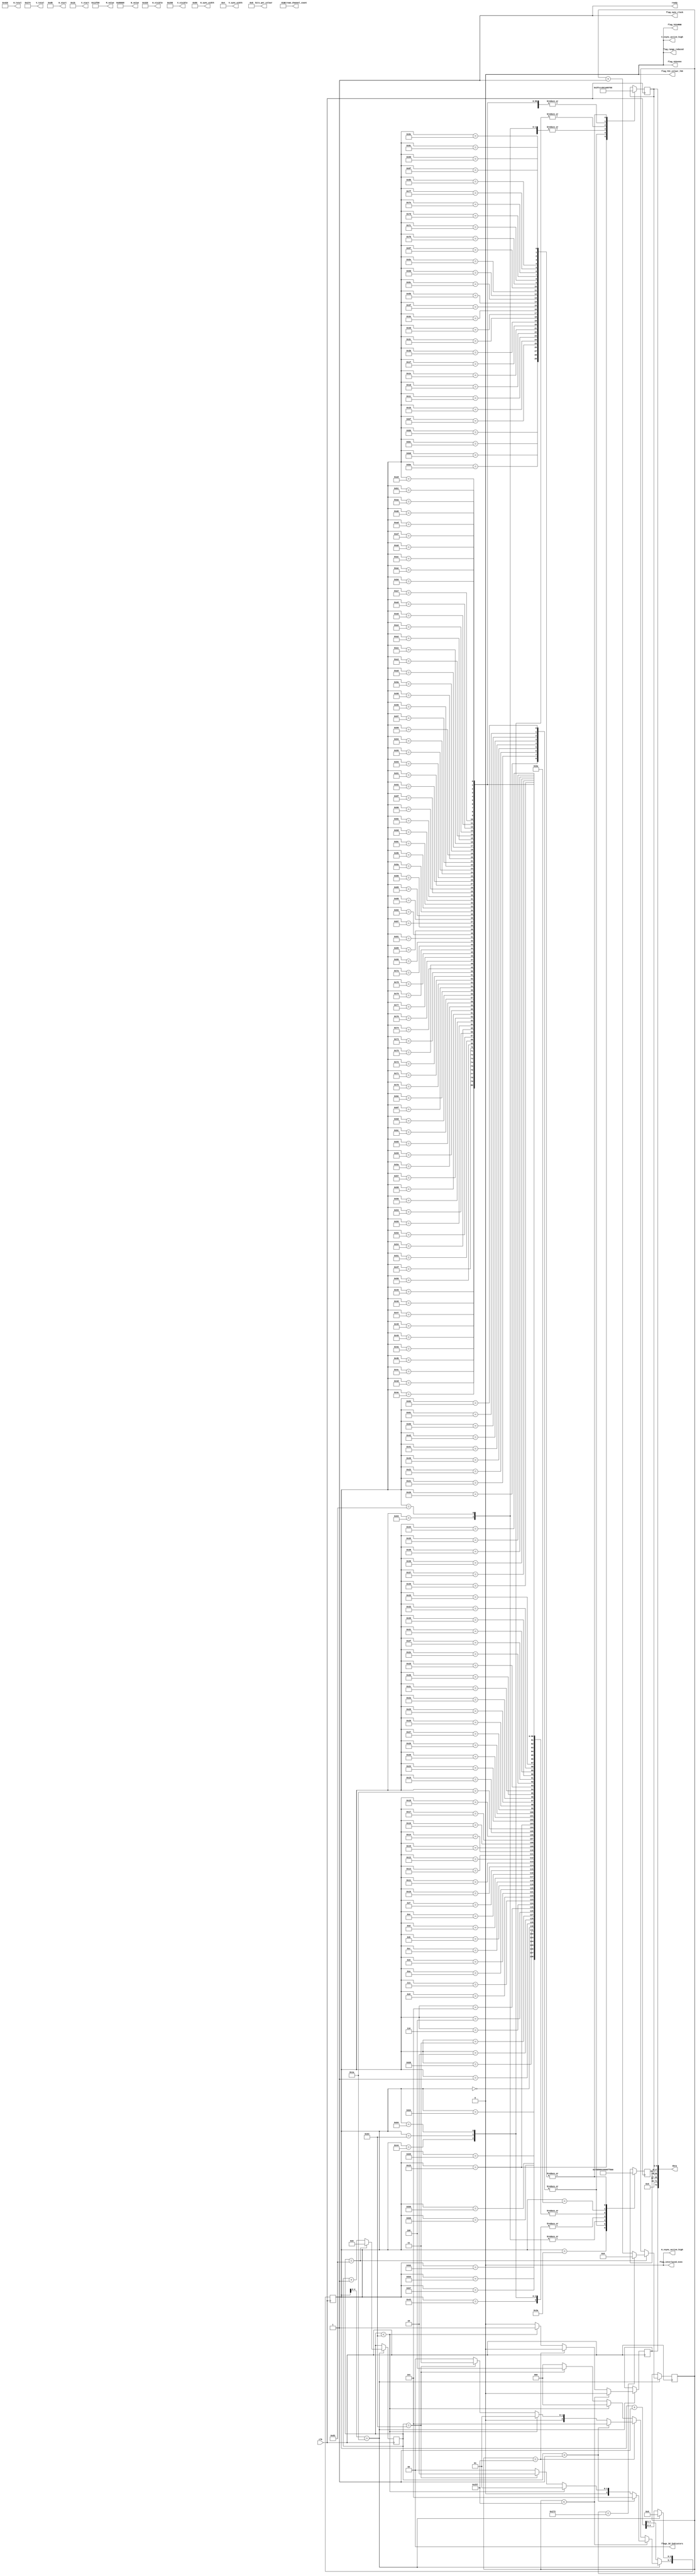
///////////////////////////////////////////////////////////////////////////////
// ./src/test_streams/test_source_800_600_RGB_444_ch2.v : 
//
//
// Part of the DisplayPort_Verlog project - an open implementation of the 
// DisplayPort protocol for FPGA boards. 
//
// See https://github.com/hamsternz/DisplayPort_Verilog for latest versions.
//
///////////////////////////////////////////////////////////////////////////////
// Version |  Notes
// ----------------------------------------------------------------------------
//   1.0   | Initial Release
//
///////////////////////////////////////////////////////////////////////////////
//
// MIT License
// 
// Copyright (c) 2019 Mike Field
// 
// Permission is hereby granted, free of charge, to any person obtaining a copy
// of this software and associated documentation files (the "Software"), to deal
// in the Software without restriction, including without limitation the rights
// to use, copy, modify, merge, publish, distribute, sublicense, and/or sell
// copies of the Software, and to permit persons to whom the Software is
// furnished to do so, subject to the following conditions:
// 
// The above copyright notice and this permission notice shall be included in all
// copies or substantial portions of the Software.
// 
// THE SOFTWARE IS PROVIDED "AS IS", WITHOUT WARRANTY OF ANY KIND, EXPRESS OR
// IMPLIED, INCLUDING BUT NOT LIMITED TO THE WARRANTIES OF MERCHANTABILITY,
// FITNESS FOR A PARTICULAR PURPOSE AND NONINFRINGEMENT. IN NO EVENT SHALL THE
// AUTHORS OR COPYRIGHT HOLDERS BE LIABLE FOR ANY CLAIM, DAMAGES OR OTHER
// LIABILITY, WHETHER IN AN ACTION OF CONTRACT, TORT OR OTHERWISE, ARISING FROM,
// OUT OF OR IN CONNECTION WITH THE SOFTWARE OR THE USE OR OTHER DEALINGS IN THE
// SOFTWARE.
//
///////////////////////////////////////////////////////////////////////////////
//
// Want to say thanks?
//
// This design has taken many hours - 3 months of work for the initial VHDL
// design, and another month or so to convert it to Verilog for this release.
//
// I'm more than happy to share it if you can make use of it. It is released
// under the MIT license, so you are not under any onus to say thanks, but....
//
// If you what to say thanks for this design either drop me an email, or how about
// trying PayPal to my email (hamster@snap.net.nz)?
//
//  Educational use - Enough for a beer
//  Hobbyist use    - Enough for a pizza
//  Research use    - Enough to take the family out to dinner
//  Commercial use  - A weeks pay for an engineer (I wish!)
//
///////////////////////////////////////////////////////////////////////////////

///////////////////////////////////////////////////////////////////////////////
// There is a trick here. Because of the timing of 800x600, all four data lanes 
// carry the same data. This means we only have to build one data lane, and
// just copy it for lane three.
//
// This won't work for most video streams, but is OK for a test pattern!
///////////////////////////////////////////////////////////////////////////////

module test_source_800_600_RGB_444_ch4(
        output reg [23:0] M_value,
        output reg [23:0] N_value,
        output reg [11:0] H_visible,
        output reg [11:0] V_visible,
        output reg [11:0] H_total,
        output reg [11:0] V_total,
        output reg [11:0] H_sync_width,
        output reg [11:0] V_sync_width,
        output reg [11:0] H_start,
        output reg [11:0] V_start,
        output reg        H_vsync_active_high,
        output reg        V_vsync_active_high,
        output reg        flag_sync_clock,
        output reg        flag_YCCnRGB,
        output reg        flag_422n444,
        output reg        flag_YCC_colour_709,
        output reg        flag_range_reduced,
        output reg        flag_interlaced_even,
        output reg  [1:0] flags_3d_Indicators,
        output reg  [4:0] bits_per_colour,
        output reg  [2:0] stream_channel_count,

        input             clk,
        output reg        ready,
        output     [72:0] data
    );
    
    localparam [8:0] DUMMY  = 9'b000000011;  // 0x03
    localparam [8:0] SPARE  = 9'b011111111;  // 0xFF
    localparam [8:0] ZERO   = 9'b000000000;  // 0x00
    localparam [8:0] PIX_80 = 9'b011001100;  // 0x80

    localparam [8:0] SS     = 9'b101011100;  // K28.2
    localparam [8:0] SE     = 9'b111111101;  // K29.7
    localparam [8:0] BE     = 9'b111111011;  // K27.7
    localparam [8:0] BS     = 9'b110111100;  // K28.5
    localparam [8:0] SR     = 9'b100011100;  // K28.0
    localparam [8:0] FS     = 9'b111111110;  // K30.7
    localparam [8:0] FE     = 9'b111110111;  // K23.7

    localparam [8:0] VB_VS  = 9'b000000001;  // 0x00  VB-ID with Vertical blank asserted 
    localparam [8:0] VB_NVS = 9'b000000000;  // 0x00  VB-ID without Vertical blank asserted
    localparam [8:0] MVID   = 9'b001101000;  // 0x68
    localparam [8:0] MAUD   = 9'b000000000;  // 0x00    
    
    reg [7:0] index = 0;
    reg [8:0] d0 = 0;
    reg [8:0] d1 = 0;
    reg [9:0] line_count = 0;
    reg [7:0] row_count = 0;
    reg       switch_point  = 0;

initial begin
    M_value              = 24'h012F68;
    N_value              = 24'h080000;
    H_visible            = 12'h320;  // 800
    V_visible            = 12'h258;  // 600
    H_total              = 12'h420;  // 1056
    V_total              = 12'h274;  // 628
    H_sync_width         = 12'h080;  // 128
    V_sync_width         = 12'h004;  // 4
    H_start              = 12'h0D8;  // 216 
    V_start              = 12'h01b;  // 37
    H_vsync_active_high  = 1'b0;
    V_vsync_active_high  = 1'b0;
    flag_sync_clock      = 1'b1;
    flag_YCCnRGB         = 1'b0;
    flag_422n444         = 1'b0;
    flag_range_reduced   = 1'b0;
    flag_interlaced_even = 1'b0;
    flag_YCC_colour_709  = 1'b0;
    flags_3d_Indicators  = 2'b00;
    bits_per_colour      = 5'b01000;

    stream_channel_count = 3'b010; 
    ready                = 1'b1;
end

    assign data[72]             = switch_point;
    assign data[71:36]          = 54'b0;
    assign data[35:27]          = d1;
    assign data[26:18]          = d0; 
    assign data[17:9]           = d1;
    assign data[8:0]            = d0; 

always @(posedge clk) begin
    case(index)  
        8'h00: begin d0 <= DUMMY;  d1 <= DUMMY; end
        8'h01: begin d0 <= DUMMY;  d1 <= DUMMY; end
        8'h02: begin d0 <= DUMMY;  d1 <= DUMMY; end
        8'h03: begin d0 <= DUMMY;  d1 <= DUMMY; end
        8'h04: begin d0 <= DUMMY;  d1 <= DUMMY; end
        8'h05: begin d0 <= DUMMY;  d1 <= DUMMY; end
        8'h06: begin d0 <= DUMMY;  d1 <= DUMMY; end
        8'h07: begin d0 <= DUMMY;  d1 <= DUMMY; end
        8'h08: begin d0 <= DUMMY;  d1 <= DUMMY; end
        8'h09: begin d0 <= DUMMY;  d1 <= DUMMY; end
        8'h0A: begin d0 <= DUMMY;  d1 <= DUMMY; end
        8'h0B: begin d0 <= DUMMY;  d1 <= DUMMY; end
        8'h0C: begin d0 <= DUMMY;  d1 <= DUMMY; end
        8'h0D: begin d0 <= DUMMY;  d1 <= DUMMY; end
        8'h0E: begin d0 <= DUMMY;  d1 <= DUMMY; end
        8'h0F: begin d0 <= DUMMY;  d1 <= DUMMY; end
        8'h10: begin d0 <= DUMMY;  d1 <= DUMMY; end
        8'h11: begin d0 <= DUMMY;  d1 <= DUMMY; end
        8'h12: begin d0 <= DUMMY;  d1 <= DUMMY; end
        8'h13: begin d0 <= DUMMY;  d1 <= DUMMY; end
        8'h14: begin d0 <= DUMMY;  d1 <= DUMMY; end
        8'h15: begin d0 <= DUMMY;  d1 <= DUMMY; end
        8'h16: begin d0 <= DUMMY;  d1 <= DUMMY; end
        8'h17: begin d0 <= DUMMY;  d1 <= DUMMY; end
        8'h18: begin d0 <= DUMMY;  d1 <= DUMMY; end
        8'h19: begin d0 <= DUMMY;  d1 <= DUMMY; end
        8'h1A: begin d0 <= DUMMY;  d1 <= DUMMY; end
        8'h1B: begin d0 <= SPARE;  d1 <= SPARE; end
        8'h1C: begin d0 <= SPARE;  d1 <= SPARE; end
        8'h1D: begin d0 <= SPARE;  d1 <= SPARE; end
        8'h1E: begin d0 <= SPARE;  d1 <= SPARE; end
        8'h1F: begin d0 <= SPARE;  d1 <= SPARE; end
    
        // Block 1 - 4 white pixels and padding
        8'h20: begin d0 <= PIX_80; d1 <= PIX_80; end
        8'h21: begin d0 <= PIX_80; d1 <= PIX_80; end
        8'h22: begin d0 <= PIX_80; d1 <= PIX_80; end
        8'h23: begin d0 <= FS;     d1 <= DUMMY;  end
        8'h24: begin d0 <= DUMMY;  d1 <= DUMMY;  end
        8'h25: begin d0 <= DUMMY;  d1 <= DUMMY;  end
        8'h26: begin d0 <= DUMMY;  d1 <= DUMMY;  end
        8'h27: begin d0 <= DUMMY;  d1 <= DUMMY;  end
        8'h28: begin d0 <= DUMMY;  d1 <= DUMMY;  end
        8'h29: begin d0 <= DUMMY;  d1 <= DUMMY;  end
        8'h2A: begin d0 <= DUMMY;  d1 <= DUMMY;  end
        8'h2B: begin d0 <= DUMMY;  d1 <= DUMMY;  end
        8'h2C: begin d0 <= DUMMY;  d1 <= DUMMY;  end
        8'h2D: begin d0 <= DUMMY;  d1 <= DUMMY;  end
        8'h2E: begin d0 <= DUMMY;  d1 <= DUMMY;  end
        8'h2F: begin d0 <= DUMMY;  d1 <= DUMMY;  end
        8'h30: begin d0 <= DUMMY;  d1 <= DUMMY;  end
        8'h31: begin d0 <= DUMMY;  d1 <= DUMMY;  end
        8'h32: begin d0 <= DUMMY;  d1 <= DUMMY;  end
        8'h33: begin d0 <= DUMMY;  d1 <= DUMMY;  end
        8'h34: begin d0 <= DUMMY;  d1 <= DUMMY;  end
        8'h35: begin d0 <= DUMMY;  d1 <= DUMMY;  end
        8'h36: begin d0 <= DUMMY;  d1 <= DUMMY;  end
        8'h37: begin d0 <= DUMMY;  d1 <= DUMMY;  end
        8'h38: begin d0 <= DUMMY;  d1 <= DUMMY;  end
        8'h39: begin d0 <= DUMMY;  d1 <= DUMMY;  end
        8'h3A: begin d0 <= DUMMY;  d1 <= FE;     end
        8'h3B: begin d0 <= SPARE;  d1 <= SPARE;  end
        8'h3C: begin d0 <= SPARE;  d1 <= SPARE;  end
        8'h3D: begin d0 <= SPARE;  d1 <= SPARE;  end
        8'h3E: begin d0 <= SPARE;  d1 <= SPARE;  end
        8'h3F: begin d0 <= SPARE;  d1 <= SPARE;  end
    
        // Block 2 - 4 white pixels and padding; d1 <= VB-ID (-vsync); d1 <= Mvid; d1 <= MAud and junk
        8'h40: begin d0 <= PIX_80; d1 <= PIX_80; end
        8'h41: begin d0 <= PIX_80; d1 <= PIX_80; end
        8'h42: begin d0 <= PIX_80; d1 <= PIX_80; end
        8'h43: begin d0 <= BS;     d1 <= VB_NVS; end
        8'h44: begin d0 <= MVID;   d1 <= MAUD;   end
        8'h45: begin d0 <= DUMMY;  d1 <= DUMMY;  end
        8'h46: begin d0 <= DUMMY;  d1 <= DUMMY;  end
        8'h47: begin d0 <= DUMMY;  d1 <= DUMMY;  end
        8'h48: begin d0 <= DUMMY;  d1 <= DUMMY;  end
        8'h49: begin d0 <= DUMMY;  d1 <= DUMMY;  end
        8'h4A: begin d0 <= DUMMY;  d1 <= DUMMY;  end
        8'h4B: begin d0 <= DUMMY;  d1 <= DUMMY;  end
        8'h4C: begin d0 <= DUMMY;  d1 <= DUMMY;  end
        8'h4D: begin d0 <= DUMMY;  d1 <= DUMMY;  end
        8'h4E: begin d0 <= DUMMY;  d1 <= DUMMY;  end
        8'h4F: begin d0 <= DUMMY;  d1 <= DUMMY;  end
        8'h50: begin d0 <= DUMMY;  d1 <= DUMMY;  end
        8'h51: begin d0 <= DUMMY;  d1 <= DUMMY;  end
        8'h52: begin d0 <= DUMMY;  d1 <= DUMMY;  end
        8'h53: begin d0 <= DUMMY;  d1 <= DUMMY;  end
        8'h54: begin d0 <= DUMMY;  d1 <= DUMMY;  end
        8'h55: begin d0 <= DUMMY;  d1 <= DUMMY;  end
        8'h56: begin d0 <= DUMMY;  d1 <= DUMMY;  end
        8'h57: begin d0 <= DUMMY;  d1 <= DUMMY;  end
        8'h58: begin d0 <= DUMMY;  d1 <= DUMMY;  end
        8'h59: begin d0 <= DUMMY;  d1 <= DUMMY;  end
        8'h5A: begin d0 <= DUMMY;  d1 <= DUMMY;  end
        8'h5B: begin d0 <= SPARE;  d1 <= SPARE;  end
        8'h5C: begin d0 <= SPARE;  d1 <= SPARE;  end
        8'h5D: begin d0 <= SPARE;  d1 <= SPARE;  end
        8'h5E: begin d0 <= SPARE;  d1 <= SPARE;  end
        8'h5F: begin d0 <= SPARE;  d1 <= SPARE;  end
    
        // Block 3 - 8 white pixels and padding; d1 <= VB-ID (+vsync); d1 <= Mvid; d1 <= MAud and junk
        8'h60: begin d0 <= PIX_80; d1 <= PIX_80; end
        8'h61: begin d0 <= PIX_80; d1 <= PIX_80; end
        8'h62: begin d0 <= PIX_80; d1 <= PIX_80; end
        8'h63: begin d0 <= BS;     d1 <= VB_VS;  end
        8'h64: begin d0 <= MVID;   d1 <= MAUD;   end
        8'h65: begin d0 <= DUMMY;  d1 <= DUMMY;  end
        8'h6C: begin d0 <= DUMMY;  d1 <= DUMMY;  end
        8'h6D: begin d0 <= DUMMY;  d1 <= DUMMY;  end
        8'h6E: begin d0 <= DUMMY;  d1 <= DUMMY;  end
        8'h6F: begin d0 <= DUMMY;  d1 <= DUMMY;  end
        8'h70: begin d0 <= DUMMY;  d1 <= DUMMY;  end
        8'h71: begin d0 <= DUMMY;  d1 <= DUMMY;  end
        8'h72: begin d0 <= DUMMY;  d1 <= DUMMY;  end
        8'h73: begin d0 <= DUMMY;  d1 <= DUMMY;  end
        8'h74: begin d0 <= DUMMY;  d1 <= DUMMY;  end
        8'h75: begin d0 <= DUMMY;  d1 <= DUMMY;  end
        8'h76: begin d0 <= DUMMY;  d1 <= DUMMY;  end
        8'h77: begin d0 <= DUMMY;  d1 <= DUMMY;  end
        8'h78: begin d0 <= DUMMY;  d1 <= DUMMY;  end
        8'h79: begin d0 <= DUMMY;  d1 <= DUMMY;  end
        8'h7A: begin d0 <= DUMMY;  d1 <= DUMMY;  end
        8'h7B: begin d0 <= SPARE;  d1 <= SPARE;  end
        8'h7C: begin d0 <= SPARE;  d1 <= SPARE;  end
        8'h7D: begin d0 <= SPARE;  d1 <= SPARE;  end
        8'h7E: begin d0 <= SPARE;  d1 <= SPARE;  end
        8'h7F: begin d0 <= SPARE;  d1 <= SPARE;  end
    
        // Block 4 - DUMMY;Blank Start; d1 <= VB-ID (+vsync); d1 <= Mvid; d1 <= MAud and junk
        8'h80: begin d0 <= DUMMY; d1 <= DUMMY; end
        8'h81: begin d0 <= DUMMY; d1 <= DUMMY; end
        8'h82: begin d0 <= DUMMY; d1 <= DUMMY; end
        8'h83: begin d0 <= BS;    d1 <= VB_VS; end
        8'h84: begin d0 <= MVID;  d1 <= MAUD;  end
        8'h85: begin d0 <= DUMMY; d1 <= DUMMY; end
        8'h86: begin d0 <= DUMMY; d1 <= DUMMY; end
        8'h87: begin d0 <= DUMMY; d1 <= DUMMY; end
        8'h88: begin d0 <= DUMMY; d1 <= DUMMY; end
        8'h89: begin d0 <= DUMMY; d1 <= DUMMY; end
        8'h8A: begin d0 <= DUMMY; d1 <= DUMMY; end
        8'h8B: begin d0 <= DUMMY; d1 <= DUMMY; end
        8'h8C: begin d0 <= DUMMY; d1 <= DUMMY; end
        8'h8D: begin d0 <= DUMMY; d1 <= DUMMY; end
        8'h8E: begin d0 <= DUMMY; d1 <= DUMMY; end
        8'h8F: begin d0 <= DUMMY; d1 <= DUMMY; end
        8'h90: begin d0 <= DUMMY; d1 <= DUMMY; end
        8'h91: begin d0 <= DUMMY; d1 <= DUMMY; end
        8'h92: begin d0 <= DUMMY; d1 <= DUMMY; end
        8'h93: begin d0 <= DUMMY; d1 <= DUMMY; end
        8'h94: begin d0 <= DUMMY; d1 <= DUMMY; end
        8'h95: begin d0 <= DUMMY; d1 <= DUMMY; end
        8'h96: begin d0 <= DUMMY; d1 <= DUMMY; end
        8'h97: begin d0 <= DUMMY; d1 <= DUMMY; end
        8'h98: begin d0 <= DUMMY; d1 <= DUMMY; end
        8'h99: begin d0 <= DUMMY; d1 <= DUMMY; end
        8'h9A: begin d0 <= DUMMY; d1 <= DUMMY; end
        8'h9B: begin d0 <= SPARE; d1 <= SPARE; end
        8'h9C: begin d0 <= SPARE; d1 <= SPARE; end
        8'h9D: begin d0 <= SPARE; d1 <= SPARE; end
        8'h9E: begin d0 <= SPARE; d1 <= SPARE; end
        8'h9F: begin d0 <= SPARE; d1 <= SPARE; end
    
        // Block 5 - just blank end
        8'hA0: begin d0 <= DUMMY; d1 <= DUMMY; end
        8'hA1: begin d0 <= DUMMY; d1 <= DUMMY; end
        8'hA2: begin d0 <= DUMMY; d1 <= DUMMY; end
        8'hA3: begin d0 <= DUMMY; d1 <= DUMMY; end
        8'hA4: begin d0 <= DUMMY; d1 <= DUMMY; end
        8'hA5: begin d0 <= DUMMY; d1 <= DUMMY; end
        8'hA6: begin d0 <= DUMMY; d1 <= DUMMY; end
        8'hA7: begin d0 <= DUMMY; d1 <= DUMMY; end
        8'hA8: begin d0 <= DUMMY; d1 <= DUMMY; end
        8'hA9: begin d0 <= DUMMY; d1 <= DUMMY; end
        8'hAA: begin d0 <= DUMMY; d1 <= DUMMY; end
        8'hAB: begin d0 <= DUMMY; d1 <= DUMMY; end
        8'hAC: begin d0 <= DUMMY; d1 <= DUMMY; end
        8'hAD: begin d0 <= DUMMY; d1 <= DUMMY; end
        8'hAE: begin d0 <= DUMMY; d1 <= DUMMY; end
        8'hAF: begin d0 <= DUMMY; d1 <= DUMMY; end
        8'hB0: begin d0 <= DUMMY; d1 <= DUMMY; end
        8'hB1: begin d0 <= DUMMY; d1 <= DUMMY; end
        8'hB2: begin d0 <= DUMMY; d1 <= DUMMY; end
        8'hB3: begin d0 <= DUMMY; d1 <= DUMMY; end
        8'hB4: begin d0 <= DUMMY; d1 <= DUMMY; end
        8'hB5: begin d0 <= DUMMY; d1 <= DUMMY; end
        8'hB6: begin d0 <= DUMMY; d1 <= DUMMY; end
        8'hB7: begin d0 <= DUMMY; d1 <= DUMMY; end
        8'hB8: begin d0 <= DUMMY; d1 <= DUMMY; end
        8'hB9: begin d0 <= DUMMY; d1 <= DUMMY; end
        8'hBA: begin d0 <= DUMMY; d1 <= BE;    end
        8'hBB: begin d0 <= SPARE; d1 <= SPARE; end
        8'hBC: begin d0 <= SPARE; d1 <= SPARE; end
        8'hBD: begin d0 <= SPARE; d1 <= SPARE; end
        8'hBE: begin d0 <= SPARE; d1 <= SPARE; end
        8'hBF: begin d0 <= SPARE; d1 <= SPARE; end
    endcase

         if(index[4:0] == 5'd26) begin  // 26  
             index[4:0] <= 5'd0;
             if(row_count == 131) begin
                 row_count <= 8'b0;
                 if(line_count == 627)
                 begin
                     line_count <= 10'b0;
                 end else begin
                     line_count <= line_count + 1;
                 end
             end else begin
                 row_count <= row_count +1;
             end

    // Block 0 - Junk
    // Block 1- 8 white pixels and padding
    // Block 2 - 8 white pixels and padding, VB-ID (-vsync), Mvid, MAud and junk
    // Block 3 - 8 white pixels and padding, VB-ID (+vsync), Mvid, MAud and junk
    // Block 4 - DUMMY,Blank Start, VB-ID (+vsync), Mvid, MAud and junk
    // Block 5 - just blank end
                
             index[7:5] <= 3'b000;  // Dummy symbols
             switch_point <= 1'b0;
             if(line_count < 599) begin //-- lines of active video (except first and last)
                 if   (row_count <  1) index[7:5] <= 3'b101;  // Just blank end BE
                 else if(row_count < 100) index[7:5] <= 3'b001;  // Pixels plus fill                                                 
                 else if(row_count == 100) index[7:5] <= 3'b010;  // Pixels BS and VS-ID block (no VBLANK flag)       
           
             end else if(line_count == 599) begin // Last line of active video
                 if(row_count <  1) begin
                     index[7:5] <= 3'b101;  // Just blank end BE
                 end else if(row_count < 100) begin
                     index[7:5] <= 3'b001;  // Pixels plus fill 
                 end else if(row_count == 100) begin
                     index[7:5] <= 3'b011;  // Pixels BS and VS-ID block (with VBLANK flag)       
                 end
             end else begin
                 //---------------------------------------------------------------
                 // Allow switching to/from the idle pattern during the vertical blank
                 //---------------------------------------------------------------                        
                 if(row_count < 100) begin
                     switch_point <= 1'b1;
                 end else if(row_count == 100) begin
                    index[7:5] <= 3'b100;  // Dummy symbols, BS and VS-ID block (with VBLANK flag)                        
                 end
             end            
         end else begin
             index <= index + 1;
         end
     end
endmodule